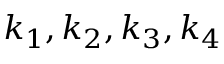
k _ { 1 } , k _ { 2 } , k _ { 3 } , k _ { 4 }